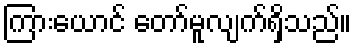
ကြားယောင် တော်မူလျက်ရှိသည်။